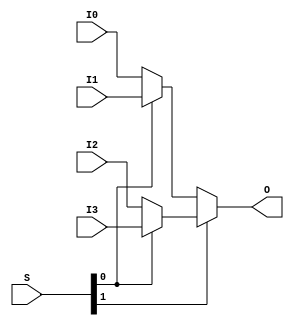
module Mux4T1_32(
    input [31:0] I0,
    input [31:0] I1,
    input [31:0] I2,
    input [31:0] I3,
    input [1:0] S,
    output [31:0] O
);
    //fill your code
    assign O = S[1]?(S[0] ? I3 : I2):(S[0] ? I1 : I0);
    
endmodule